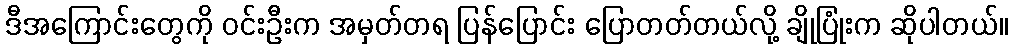
ဒီအကြောင်းတွေကို ဝင်းဦးက အမှတ်တရ ပြန်ပြောင်း ပြောတတ်တယ်လို့ ချိုပြုံးက ဆိုပါတယ်။